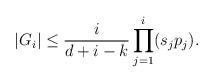
LaTeX: \begin{align*}|G_i|\le \frac{i}{d+i-k} \prod_{j=1}^i (s_jp_j).\end{align*}